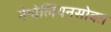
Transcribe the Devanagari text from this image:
नेपोलियनसोबत